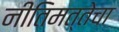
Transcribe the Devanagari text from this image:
नीतिमत्तेचा